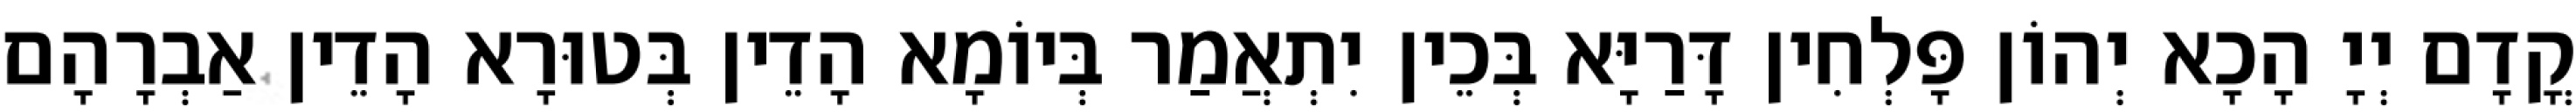
קֳדָם יְיָ הָכָא יְהוֹן פָּלְחִין דָּרַיָּא בְּכֵין יִתְאֲמַר בְּיוֹמָא הָדֵין בְּטוּרָא הָדֵין אַבְרָהָם